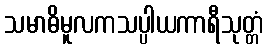
သမာဓိမူလကသပ္ပါယကာရီသုတ္တံ